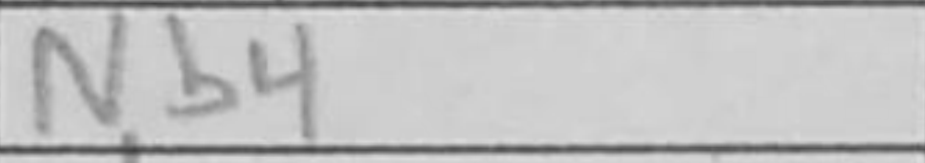
Transcription: Nb4